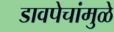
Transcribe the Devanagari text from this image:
डावपेचांमुळे